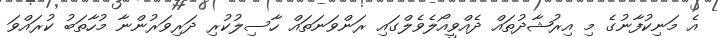
އެ މަނިކުފާނުގެ މި އިރުޝާދުތައް ދެއްވީއޯލެވެލްގައި ރަންވަނަތައް ހާސިލުކުރި ދަރިވަރުންނާ މުހާތަބު ކުރައްވަ